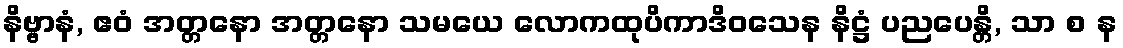
နိဗ္ဗာနံ, ဧဝံ အတ္တနော အတ္တနော သမယေ လောကထုပိကာဒိဝသေန နိဋ္ဌံ ပညပေန္တိ, သာ စ န